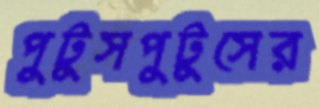
পুটুসপুটুসের